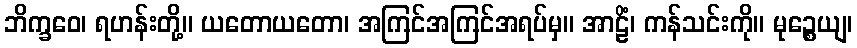
ဘိက္ခဝေ၊ ရဟန်းတို့။ ယတောယတော၊ အကြင်အကြင်အရပ်မှ။ အာဠိံ၊ ကန်သင်းကို။ မုဉ္စေယျ၊